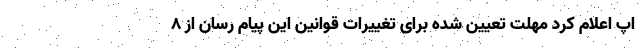
اپ اعلام کرد مهلت تعیین شده برای تغییرات قوانین این پیام رسان از ۸